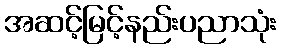
အဆင့်မြင့်နည်းပညာသုံး